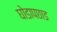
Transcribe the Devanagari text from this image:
घोडापछाड